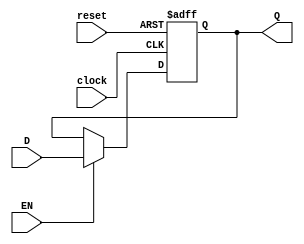
module Gated_D_latch_flip_flop (
    input D,
    input EN,
    input clock,
    input reset,
    output reg Q
);

always @(posedge clock, posedge reset) begin
    if (reset) begin
        Q <= 0; // Reset to predefined value
    end else begin
        if (EN) begin
            Q <= D; // Capture data input value when enable is high
        end
    end
end

endmodule